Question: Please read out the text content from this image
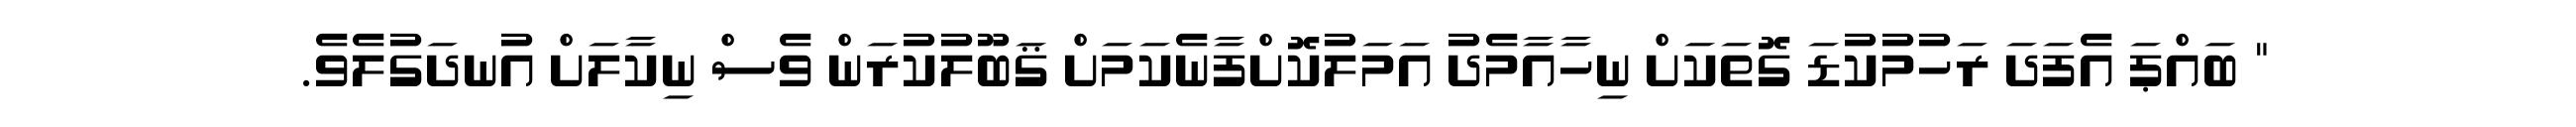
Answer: " ބައްޕަ އެފަދަ ރަހުމުކުޑަ ގޮތަކަށް ނިހާއާމެދު އަމަލުކޮށްފާނެކަމަށް ޤަބޫލުކުރަން ވެސް ނިކާލަށް އުނދަގުލެވެ.